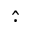
\widehat { \cdot }